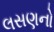
લસણનો